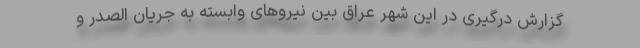
گزارش درگیری در این شهر عراق بین نیروهای وابسته به جریان الصدر و